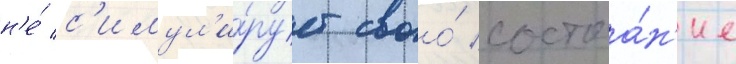
н'е́ с'имул'и́рует своо́ состоа́н'ие